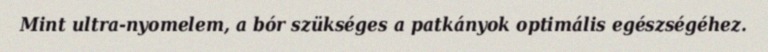
Mint ultra-nyomelem, a bór szükséges a patkányok optimális egészségéhez.